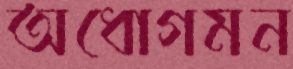
অধোগমন